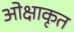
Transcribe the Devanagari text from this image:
ओक्षाकृत